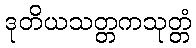
ဒုတိယသတ္တကသုတ္တံ